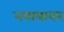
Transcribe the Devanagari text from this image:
नवाबावर